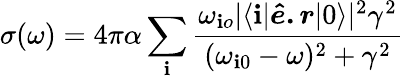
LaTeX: \sigma(\omega)=4\pi\alpha\sum_{\mathbf{i}}\frac{{\omega_{\mathbf{i}o}|\langle\mathbf{i}|\boldsymbol{\hat{{e}}.r}|0\rangle|^{2}\gamma^{2}}}{{(\omega_{\mathbf{i}0}-\omega)^{2}+\gamma^{2}}}